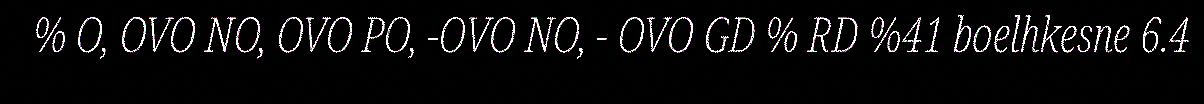
% O, OVO NO, OVO PO, -OVO NO, - OVO GD % RD %41 boelhkesne 6.4